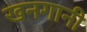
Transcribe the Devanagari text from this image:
खनगानी